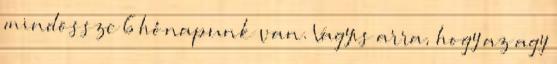
mindössze 6 hónapunk van. Vagyis arra, hogy az agy